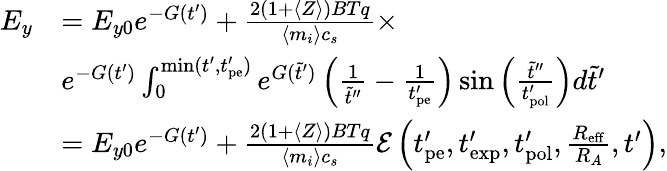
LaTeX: \begin{array}{rl}{E_{y}}&{=E_{y0}e^{-G(t^{\prime})}+\frac{2(1+\langle Z\rangle)BTq}{\langle m_{i}\rangle c_{s}}\times}\\ &{e^{-G(t^{\prime})}\int_{0}^{\mathrm{min}(t^{\prime},t_{\mathrm{pe}}^{\prime})}e^{G(\tilde{t}^{\prime})}\left(\frac{1}{\tilde{t}^{\prime\prime}}-\frac{1}{t_{\mathrm{pe}}^{\prime}}\right)\sin{\left(\frac{\tilde{t}^{\prime\prime}}{t_{\mathrm{pol}}^{\prime}}\right)}d\tilde{t}^{\prime}}\\ &{=E_{y0}e^{-G(t^{\prime})}+\frac{2(1+\langle Z\rangle)BTq}{\langle m_{i}\rangle c_{s}}\mathcal{E}\left(t_{\mathrm{pe}}^{\prime},t_{\mathrm{exp}}^{\prime},t_{\mathrm{pol}}^{\prime},\frac{R_{\mathrm{eff}}}{R_{A}},t^{\prime}\right),}\end{array}